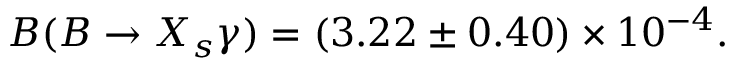
{ \cal B } ( B \to X _ { s } \gamma ) = ( 3 . 2 2 \pm 0 . 4 0 ) \times 1 0 ^ { - 4 } .